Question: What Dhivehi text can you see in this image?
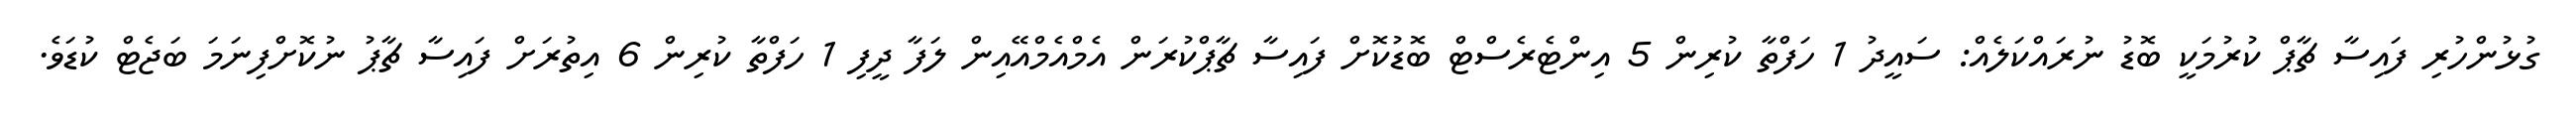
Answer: ގުޅުންހުރި ފައިސާ ޗާޕް ކުރުމަކީ ބޮޑު ނުރައްކަލެއް: ސައީދު 1 ހަފްތާ ކުރިން 5 އިންޓެރެސްޓް ބޮޑުކޮށް ފައިސާ ޗާޕްކުރަން އެމްއެމްއޭއިން ލަފާ ދީފި 1 ހަފްތާ ކުރިން 6 އިތުރަށް ފައިސާ ޗާޕު ނުކޮށްފިނަމަ ބަޖެޓް ކުޑަވެ.